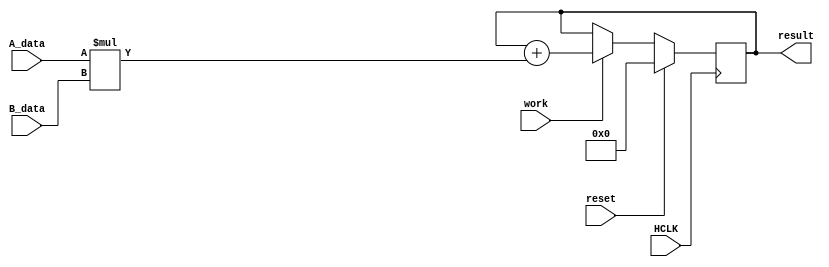
module matrix_mult_pe(
    input wire HCLK,
    input wire reset,
    input wire work,
    input wire [7:0] A_data,
    input wire [7:0] B_data,


    //output reg [31:0] A_data_out,
    //output reg [31:0] B_data_out,
    output reg [15:0] result
);

always @(posedge HCLK) begin
    if(reset) begin
        result <= 32'h0000;
    end
    else begin
        if(work) begin
            result <= result + A_data * B_data;
        end
    end
end

endmodule




module matrix_mult_process(
    input wire HCLK,
    input wire HRESETn,
    input wire start,
    input wire [1:0] reuse,
    // 2'b1X reuse result
    // reuse[0] use result in A
    // reuse[0] use result in B
    
    input wire [8*64-1:0] A_data ,
    input wire [8*64-1:0] B_data ,
    // big endian
    output wire [16*64-1:0] result,
    output reg done

);

integer  i;

reg[1:0] state;
reg[3:0] counter;
reg work;
reg reset;



reg [7:0] A_tmp[0:7];
reg [7:0] B_tmp[0:7]; 
wire [15:0] result_tmp[0:63];

wire [7:0] A_in[0:63];
wire [7:0] B_in[0:63];
reg [15:0] result_in[0:63];


genvar j;
for(j=0;j<64;j=j+1) begin
    matrix_mult_pe pe_assem(
    .HCLK(HCLK),
    .reset(reset),
    .work(work),
    .A_data(A_tmp[j/8]),
    .B_data(B_tmp[j%8]),

    .result(result_tmp[j])
    );
end
for(j=0;j<64;j=j+1) begin
    assign A_in[j] = A_data[8*j+7:8*j];
    assign B_in[j] = B_data[8*j+7:8*j];
    assign result[16*j+15:16*j] = result_in[j];
end



localparam idle = 2'b00, set = 2'b01, calc = 2'b10, calc_done = 2'b11 ;

localparam count_min = 4'b0000,count_max = 4'b1000;
always @(posedge HCLK or negedge HRESETn) begin
    if(!HRESETn) begin
        state <= idle;
        counter <= count_min;
        work <= 1'b0;
        reset <= 1'b0;
    end
    else begin
        case(state)
            idle: begin
                done <= 1'b0;
                if(start == 1'b1) begin
                    state <= set;
                    reset <= 1'b1;
                    work <= 1'b0;
                    counter <= count_min;
                end
                else begin
                    work <= 1'b0;
                    reset <= 1'b0;
                end

            end
            set: begin
                reset <= 1'b0;
                work  <= 1'b1;
                counter <= counter + 1;

                if(counter == count_max) begin

                    state <= calc;
                    counter<= count_min;
                    work <=1'b1;
                end
                else if(reuse) begin
                end
                else begin
                    for(i=0;i<8;i=i+1)begin
                        A_tmp[i] = A_in[8*i + counter];
                        B_tmp[i] = B_in[i + 8*counter];
                    end
                end
            end
            calc: begin
                done <=1'b1;
                state <= calc_done;
                for(i=0;i<64;i=i+1)begin
                    result_in[i] <= result_tmp[i];
                end
                
            end
            calc_done: begin
                done <= 1'b0;
                state <= idle;
            end
            default: begin
                state <= idle;
            end

        endcase
    end
end

endmodule